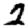
Digit: 2